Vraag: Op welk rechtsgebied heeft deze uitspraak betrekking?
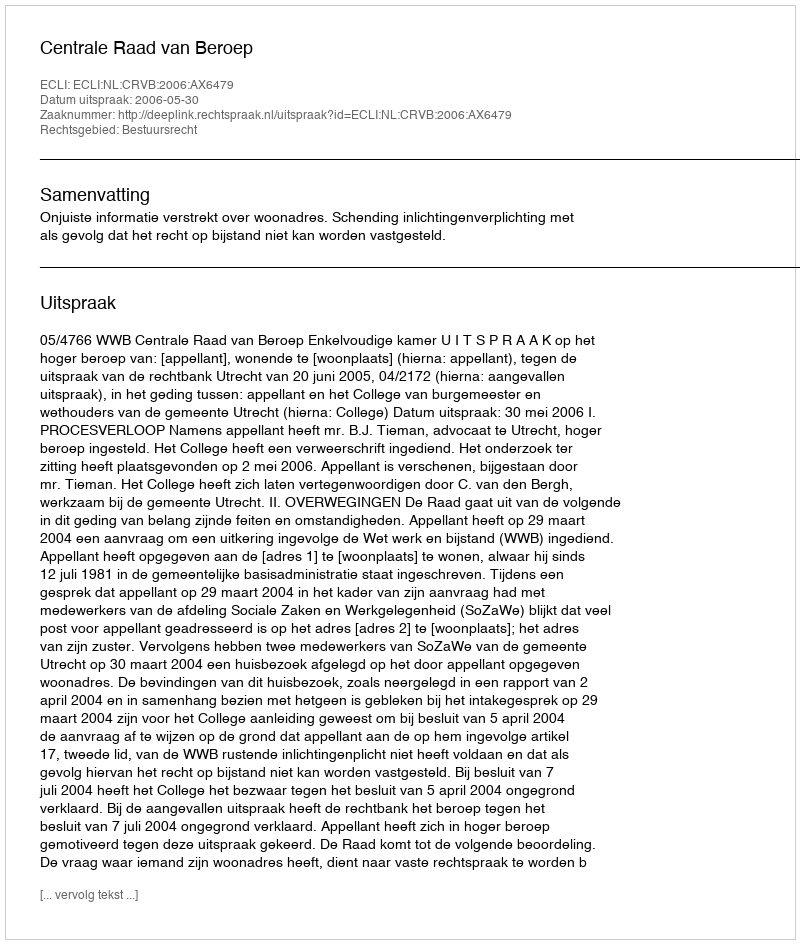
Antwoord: Bestuursrecht